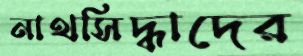
নাথসিদ্ধাদের